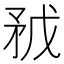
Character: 𥍥